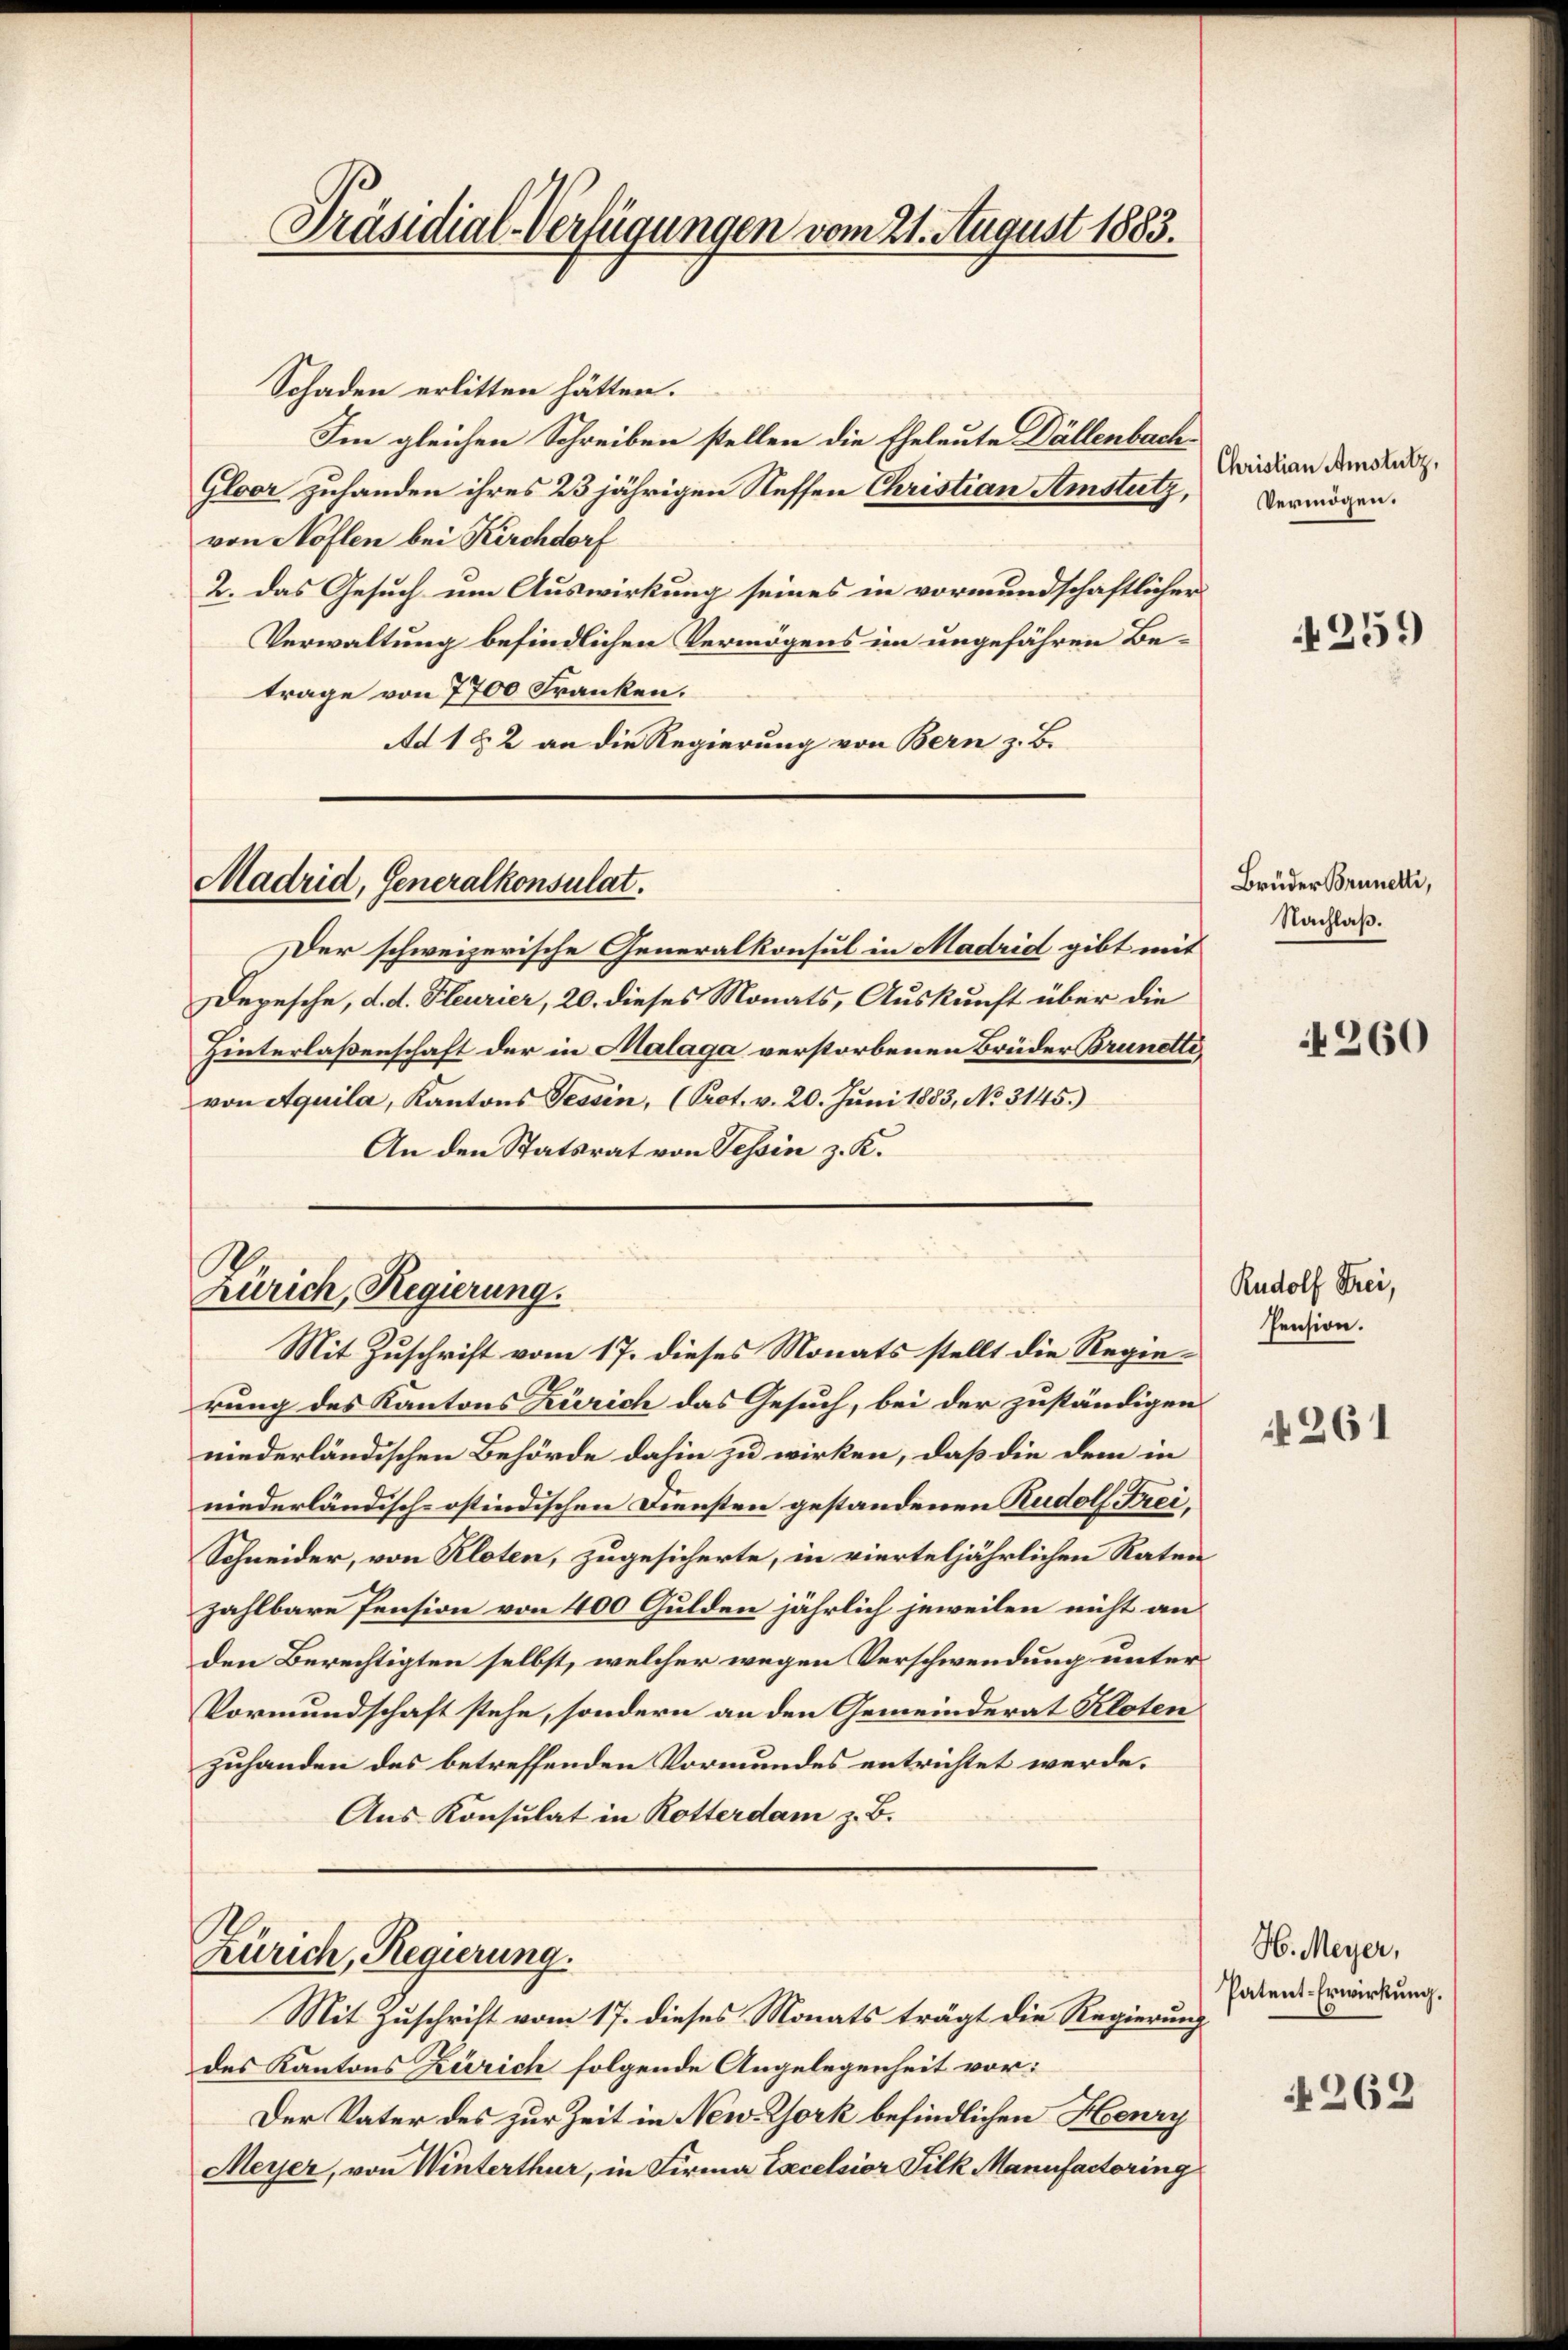
Präsidial-Verfügungen vom 21. August 1883.

Schaden erlitten hätten.
Im gleichen Schreiben stellen die Eheleute Dällenbach¬
Gloer zuhanden ihres 23 jährigen Neffen Christian Amstutz, Vermögen.
von Noflen bei Kirchdorf
2. das Gesuch um Auswirkung seines in vormundschaftlicher
Verwaltung befindlichen Vermögens im ungefähren Betrage von 7700 Franken.
Ad 1 § 2 an die Regierung von Bern z. B.

Madrid, Generalkonsulat.

Der schweizerische Generalkonsul in Madrid gibt mit
Depesche, d. d. Steurier, 20. dieses Monats, Auskunft über die
Hinterlaßenschaft der in Malaga verstorbenen Brüder Brunette
von Aquila, Kantons Tessin, (Prot. v. 20. Juni 1883, No 3145.)
An den Statsrat von Tessin z. K.

Zürich, Regierung.
Mit Zuschrift vom 17. dieses Monats stellt die Regie¬

Zürich, Regierung.

rung des Kantons Zürich das Gesuch, bei der zuständigen
niederländischen Behörde dahin zu wirken, daß die dem in
niederländisch-ostindischen Diensten gestandenen Rudolf Frei¬
Schneider, von Kloten, zugesicherte, in vierteljährlichen Raten
zahlbare Pension von 400 Gulden jährlich jeweilen nicht an
den Berechtigten selbst, welcher wegen Verschwendung unter
Vormundschaft stehe, sondern an den Gemeinderat Kloten
zuhanden des betreffenden Vormundes entrichtet werde.
Aus Konsulat in Rotterdam z. B.

Mit Zuschrift vom 17. dieses Monats trägt die Regierung
des Kantons Zürich folgende Angelegenheit vor:
Der Vater des zur Zeit in New-York befindlichen Henry
Meyer, von Winterthur, in Firma Excelsior Silk Manufactoring

Christian Amstutz,

259

Brüder Brunetti,
Nachlaß.

Rudolf Frei,
Pension.

261

260

H. Meyer,
Patent-Erwirkung.

262